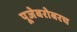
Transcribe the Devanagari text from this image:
पूजेबरोबरच